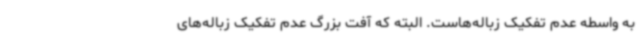
به واسطه عدم تفکیک زباله‌هاست. البته که آفت بزرگ عدم تفکیک زباله‌های